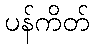
ပန်ကိတ်